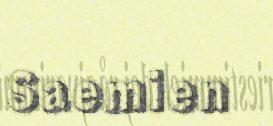
Saemien